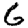
Digit: 6